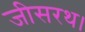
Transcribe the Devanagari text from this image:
जीसरथ।